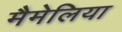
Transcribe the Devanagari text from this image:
मैमेलिया